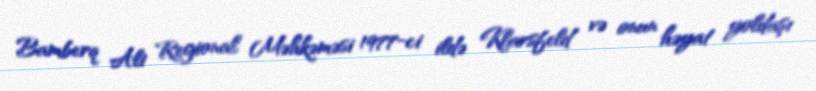
Bamberq Ali Regional Məhkəməsi 1977-ci ildə Klarsfeld və onun həyat yoldaşı